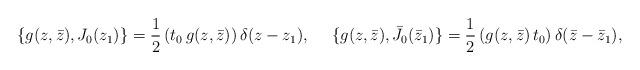
LaTeX: \begin{align*}\{ g(z,\bar z),J_0(z_1)\}=\frac{1}{2}\,(t_0\,g(z,\bar z))\,\delta(z-z_1),~~~~\{ g(z,\bar z),\bar J_0(\bar z_1)\}=\frac{1}{2}\,(g(z,\bar z)\,t_0)\,\delta(\bar z-\bar z_1),\end{align*}